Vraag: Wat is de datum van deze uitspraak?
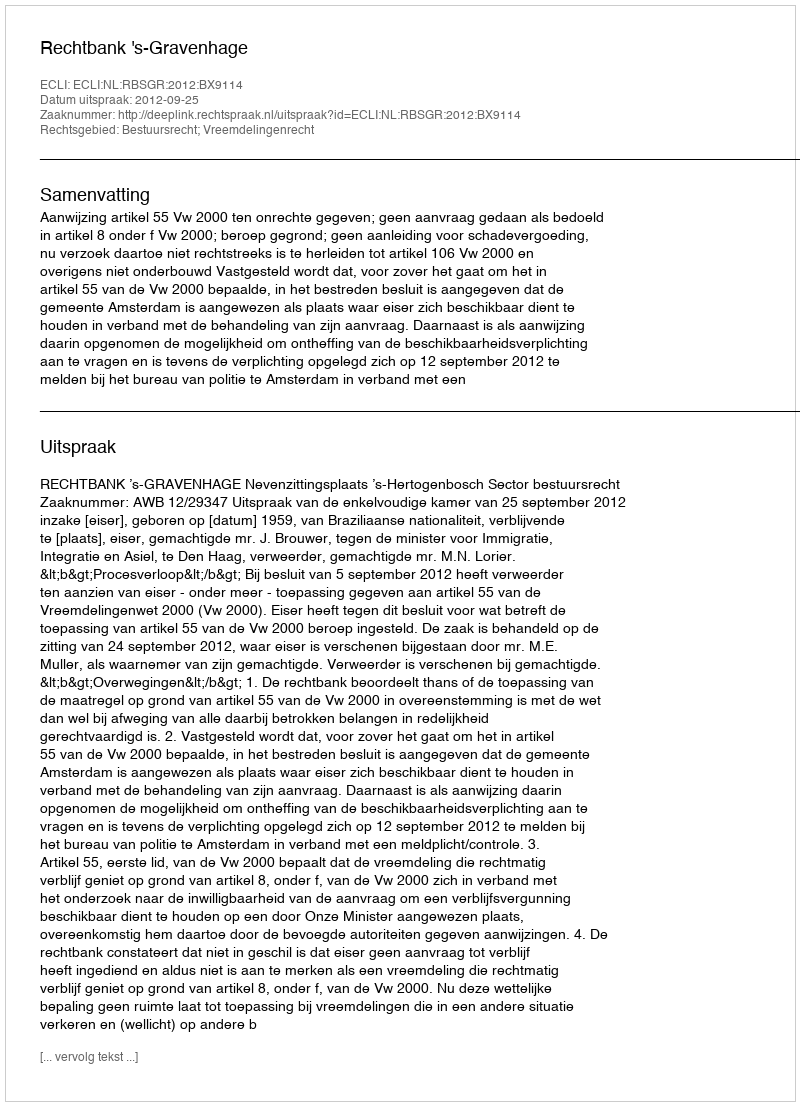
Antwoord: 2012-09-25